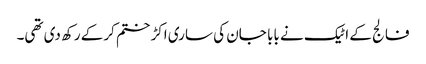
فالج کے اٹیک نے بابا جان کی ساری اکڑ ختم کرکے رکھ دی تھی۔